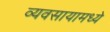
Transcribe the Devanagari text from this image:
व्यवसायामध्ये